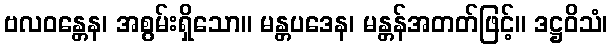
ဗလဝန္တေန၊ အစွမ်းရှိသော။ မန္တပဒေန၊ မန္တန်အတတ်ဖြင့်။ ဒဋ္ဌဝိသံ၊